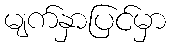
မျက်နှာပြင်မှာ